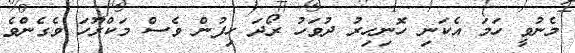
މެނުވީ ހަމަ އެކަނި ހޮނިހިރު ދުވަހު ރޯދަ ހިފުން ވެސް މަކްރޫހަ ވެގެންވެ